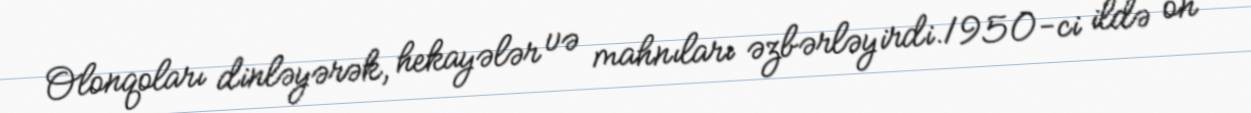
Olonqoları dinləyərək, hekayələr və mahnıları əzbərləyirdi.1950-ci ildə on